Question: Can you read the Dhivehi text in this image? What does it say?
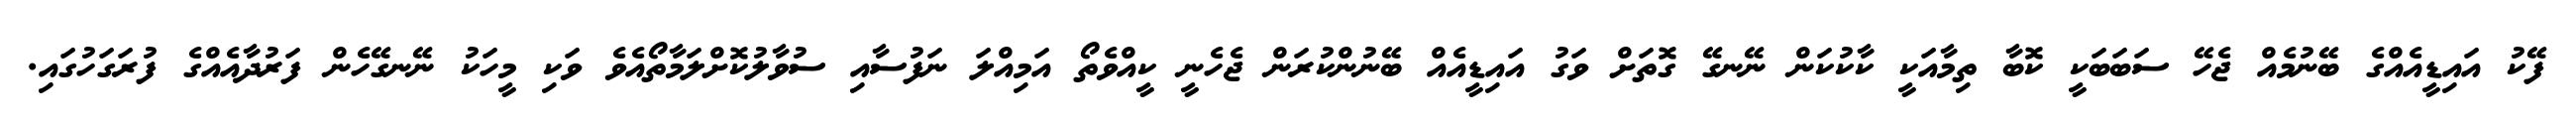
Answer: ފޭކު އައިޑީއެއްގެ ބޭނުމެއް ޖެހޭ ސަބަބަކީ ކޮބާ ތިމާއަކީ ކާކުކަން ނޭނގޭ ގޮތަށް ވަގު އައިޑީއެއް ބޭނުންކުރަން ޖެހެނީ ކީއްވެތޯ އަމިއްލަ ނަފުސާއި ސުވާލުކޮށްލަމާތޯއެވެ ވަކި މީހަކު ނޭނގޭހެން ފަރުދާއެއްގެ ފުރަގަހުގައި.